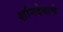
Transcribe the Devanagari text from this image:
शनिदेवाचे